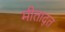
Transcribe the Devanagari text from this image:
मीताद्त